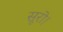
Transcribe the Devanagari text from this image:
सूरो।